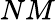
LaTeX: NM